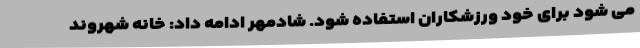
می شود برای خود ورزشکاران استفاده شود. شادمهر ادامه داد: خانه شهروند